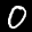
Label: 0